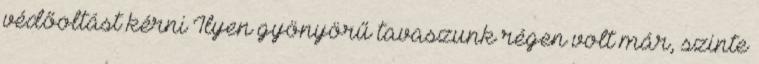
védőoltást kérni Ilyen gyönyörű tavaszunk régen volt már, szinte